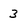
Character: 3